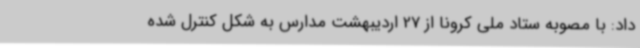
داد: با مصوبه ستاد ملی کرونا از 27 اردیبهشت مدارس به شکل کنترل شده